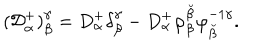
LaTeX: ( { \cal D } _ { \alpha } ^ { + } ) _ { \beta } ^ { \gamma } = D _ { \alpha } ^ { + } \delta _ { \beta } ^ { \gamma } - D _ { \alpha } ^ { + } \varphi _ { \beta } ^ { \breve { \beta } } \varphi _ { \breve { \beta } } ^ { - 1 \gamma } .